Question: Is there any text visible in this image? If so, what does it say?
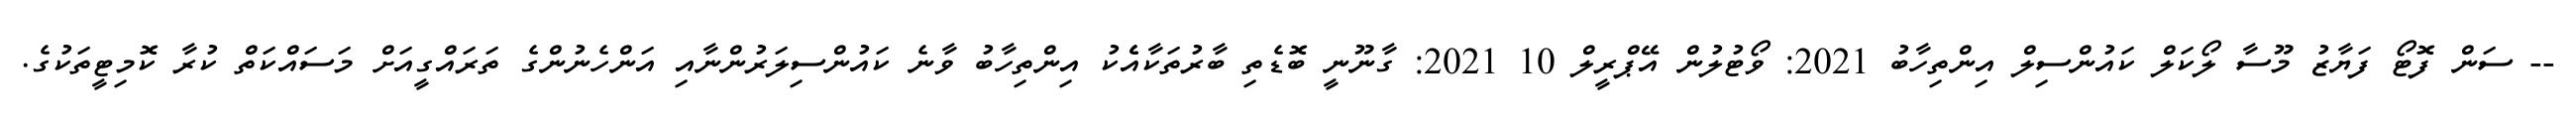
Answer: -- ސަން ފޮޓޯ ފަޔާޒު މޫސާ ލޯކަލް ކައުންސިލް އިންތިހާބު 2021: ވޯޓުލުން އޭޕްރީލް 10 2021: ގާނޫނީ ބޮޑެތި ބާރުތަކާއެެކު އިންތިހާބު ވާނެ ކައުންސިލަރުންނާއި އަންހެނުންގެ ތަރައްގީއަށް މަސައްކަތް ކުރާ ކޮމިޓީތަކުގެ.